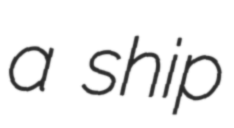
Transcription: a ship